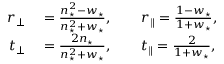
\begin{array} { r l } { r _ { \perp } } & { { } = \frac { n _ { \star } ^ { 2 } - w _ { \star } } { n _ { \star } ^ { 2 } + w _ { \star } } , \qquad r _ { \parallel } = \frac { 1 - w _ { \star } } { 1 + w _ { \star } } , } \\ { t _ { \perp } } & { { } = \frac { 2 n _ { \star } } { n _ { \star } ^ { 2 } + w _ { \star } } , \qquad t _ { \parallel } = \frac { 2 } { 1 + w _ { \star } } , } \end{array}